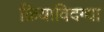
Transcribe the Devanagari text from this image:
क्रियाविदग्धा